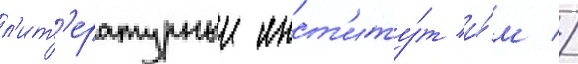
л'ит'ературныи инст'иту́т и́м //